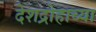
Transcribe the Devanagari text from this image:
देशद्रोहाच्या